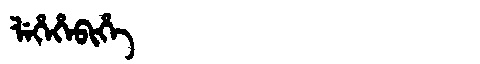
Manchu: ᠯᡝᡥᡝᡥᡝᠪᡳᡥᡝ
Romanization: LEHEHEBIHE